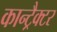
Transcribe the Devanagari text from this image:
कान्ट्रैक्टर